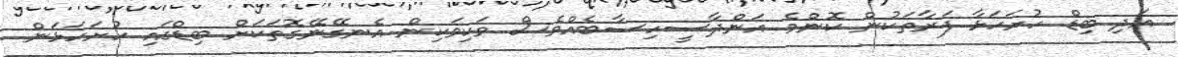
އަދި ބިޑް ހުށަހަޅާ ފަރާތަކުން ކޮންމެ އަންދާސީހިސާބެއްވެސް ވަކިވަކިން އެނގޭނޭގޮތަކަށް ބިޑްގައި ހުށަހަޅަން